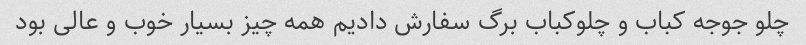
چلو جوجه کباب و چلوکباب برگ سفارش دادیم همه چیز بسیار خوب و عالی بود